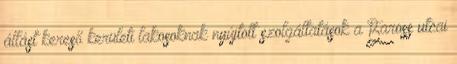
állást kereső kerületi lakosoknak nyújtott szolgáltatások a Baross utcai